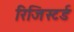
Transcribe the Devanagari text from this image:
रिजिस्टर्ड